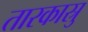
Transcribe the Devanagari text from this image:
तारकास्रु